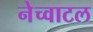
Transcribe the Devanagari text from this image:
नेच्वाटल